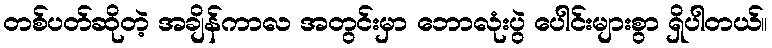
တစ်ပတ်ဆိုတဲ့ အချိန်ကာလ အတွင်းမှာ ဘောလုံးပွဲ ပေါင်းများစွာ ရှိပါတယ်။